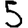
Digit: 5